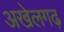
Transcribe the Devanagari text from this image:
अखेलगढ़